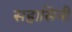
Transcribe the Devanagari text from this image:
सहासिनी